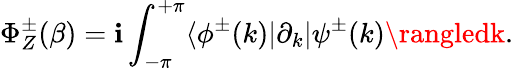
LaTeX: \Phi_{Z}^{\pm}(\beta)=\mathbf{i}\int_{-\pi}^{+\pi}\langle\phi^{\pm}(k)|\partial_{k}|\psi^{\pm}(k)\rangledk.